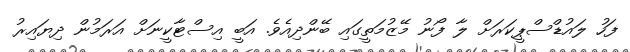
ފަހު ލައުޑްސްޕީކަރަށް ލާ ފޯނު މޭޒުމަތީގައި ބޭންދިއެވެ. އަބީ އިސްޓާކީނަށް އަރަމުން ދިޔައިރު